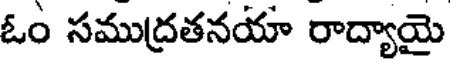
ఓం సముద్రతనయా రాద్యాయై